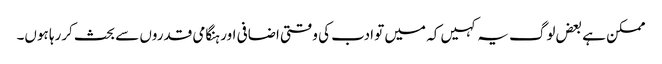
ممکن ہے بعض لوگ یہ کہیں کہ میں تو ادب کی وقتی اضافی اور ہنگامی قدروں سے بحث کررہا ہوں۔